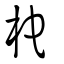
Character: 柁